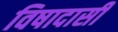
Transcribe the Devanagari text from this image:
विषादासी